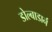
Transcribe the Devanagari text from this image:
डोल्बाडार्न